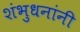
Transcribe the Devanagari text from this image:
शंभुधनांनी